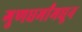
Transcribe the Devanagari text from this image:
गुणधर्मांमधून